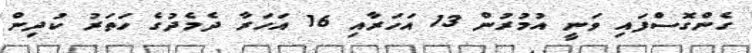
ގެންގޮސްފައި ވަނީ އުމުރުން 13 އަހަރާއި 16 އަހަރާ ދެމެދުގެ ހަތަރު ކުދިން